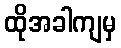
ထိုအခါကျမှ